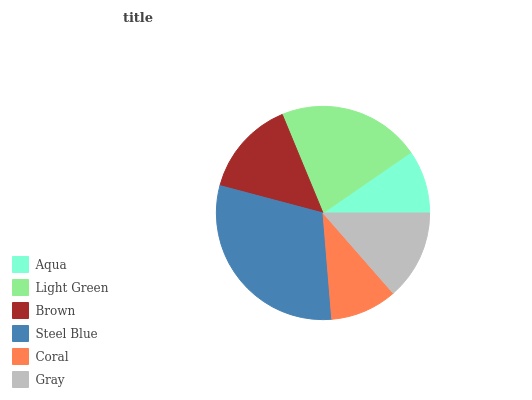
| Aqua | Light Green | Brown | Steel Blue | Coral | Gray |
 | --- | --- | --- | --- | --- | --- |
 | 9.62% | 21.7% | 14.6% | 30.4% | 10.1% | 13.6% |